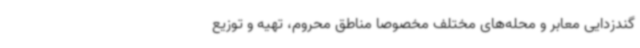
گندزدایی معابر و محله‌های مختلف مخصوصاً مناطق محروم، تهیه و توزیع